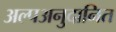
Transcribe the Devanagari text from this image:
अल्पअनुदानित